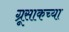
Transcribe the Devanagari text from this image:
ग्रूसाकच्या